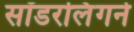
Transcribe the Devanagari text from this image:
सॉडरलिंगने